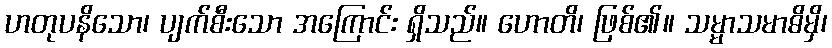
ဟတုပနိသော၊ ပျက်စီးသော အကြောင်း ရှိသည်။ ဟောတိ၊ ဖြစ်၏။ သမ္မာသမာဓိမှိ၊